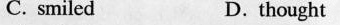
C. smiled D. thought